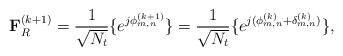
LaTeX: \begin{align*} \mathbf{F}_R^{(k+1)} = \frac{1}{\sqrt{N_t}}\{e^{j\phi_{m,n}^{(k+1)}}\} = \frac{1}{\sqrt{N_t}}\{e^{j(\phi_{m,n}^{(k)} + \delta_{m,n}^{(k)})}\},\end{align*}